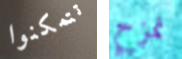
تتمكنوا نمزح